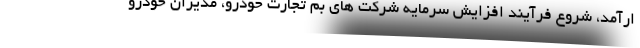
ارآمد، شروع فرآیند افزایش سرمایه شرکت های بم تجارت خودرو، مدیران خودرو